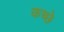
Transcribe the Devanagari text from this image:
कच्छे